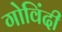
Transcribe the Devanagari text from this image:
गोविंदी